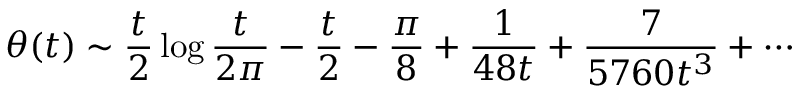
\theta ( t ) \sim { \frac { t } { 2 } } \log { \frac { t } { 2 \pi } } - { \frac { t } { 2 } } - { \frac { \pi } { 8 } } + { \frac { 1 } { 4 8 t } } + { \frac { 7 } { 5 7 6 0 t ^ { 3 } } } + \cdots